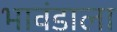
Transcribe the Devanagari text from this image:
भावंडाला